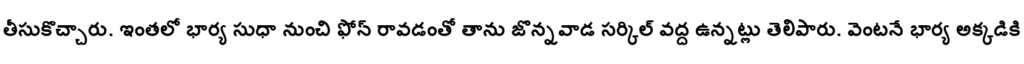
తీసుకొచ్చారు. ఇంతలో భార్య సుధా నుంచి ఫోన్ రావడంతో తాను జొన్నవాడ సర్కిల్ వద్ద ఉన్నట్లు తెలిపారు. వెంటనే భార్య అక్కడికి